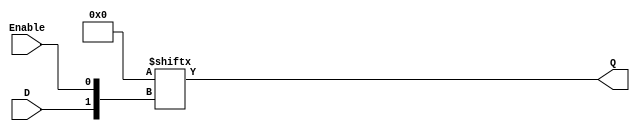
module lab_3d (
    input D,
    input Enable,
    output wire Q
);

    reg [3:0] LUT; // 4-input Lookup Table
    
    initial begin
        // Mapping function: if Enable=1, Q=D; else, Q keeps its previous state
        // The first two bits of the index represent D (00, 01, 10, 11), 
        // and the last two bits represent Enable (00, 01, 10, 11)
        LUT[4'b0000] = 1'b0; // D=0, Enable=0
        LUT[4'b0001] = 1'b0; // D=0, Enable=0
        LUT[4'b0010] = 1'b0; // D=0, Enable=1
        LUT[4'b0011] = 1'b0; // D=0, Enable=1
        LUT[4'b0100] = 1'b1; // D=1, Enable=0
        LUT[4'b0101] = 1'b1; // D=1, Enable=0
        LUT[4'b0110] = 1'b1; // D=1, Enable=1
        LUT[4'b0111] = 1'b1; // D=1, Enable=1
    end
    
    assign Q = LUT[{2'b00, D, Enable}]; // Indexing the LUT

endmodule